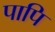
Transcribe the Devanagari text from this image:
पापि